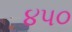
૪પ૦